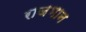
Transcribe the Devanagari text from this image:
राजभान